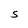
Character: S